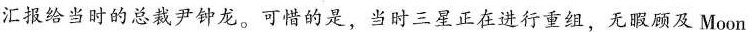
汇报给当时的总裁尹钟龙。可猎的是，当时三星正在进行重组，无暇顾及Moon